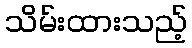
သိမ်းထားသည့်